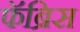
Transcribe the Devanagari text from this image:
फॅब्रिस